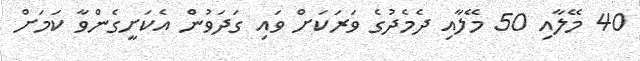
40 މޭލާއި 50 މޭލާއި ދެމެދުގެ ވަރަކަށް ވައި ގަދަވުން އެކަށީގެންވާ ކަމަށް